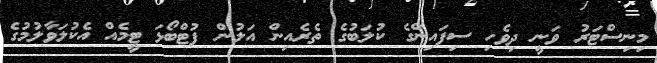
މިނިސްޓަރު ވަނީ ދިވެހި ސިފައިންގެ ކުލަބުގެ ތެރެއިން އަލުން ފުޓްބޯޅަ ޓީމެއް އެކުލަވާލުމުގެ